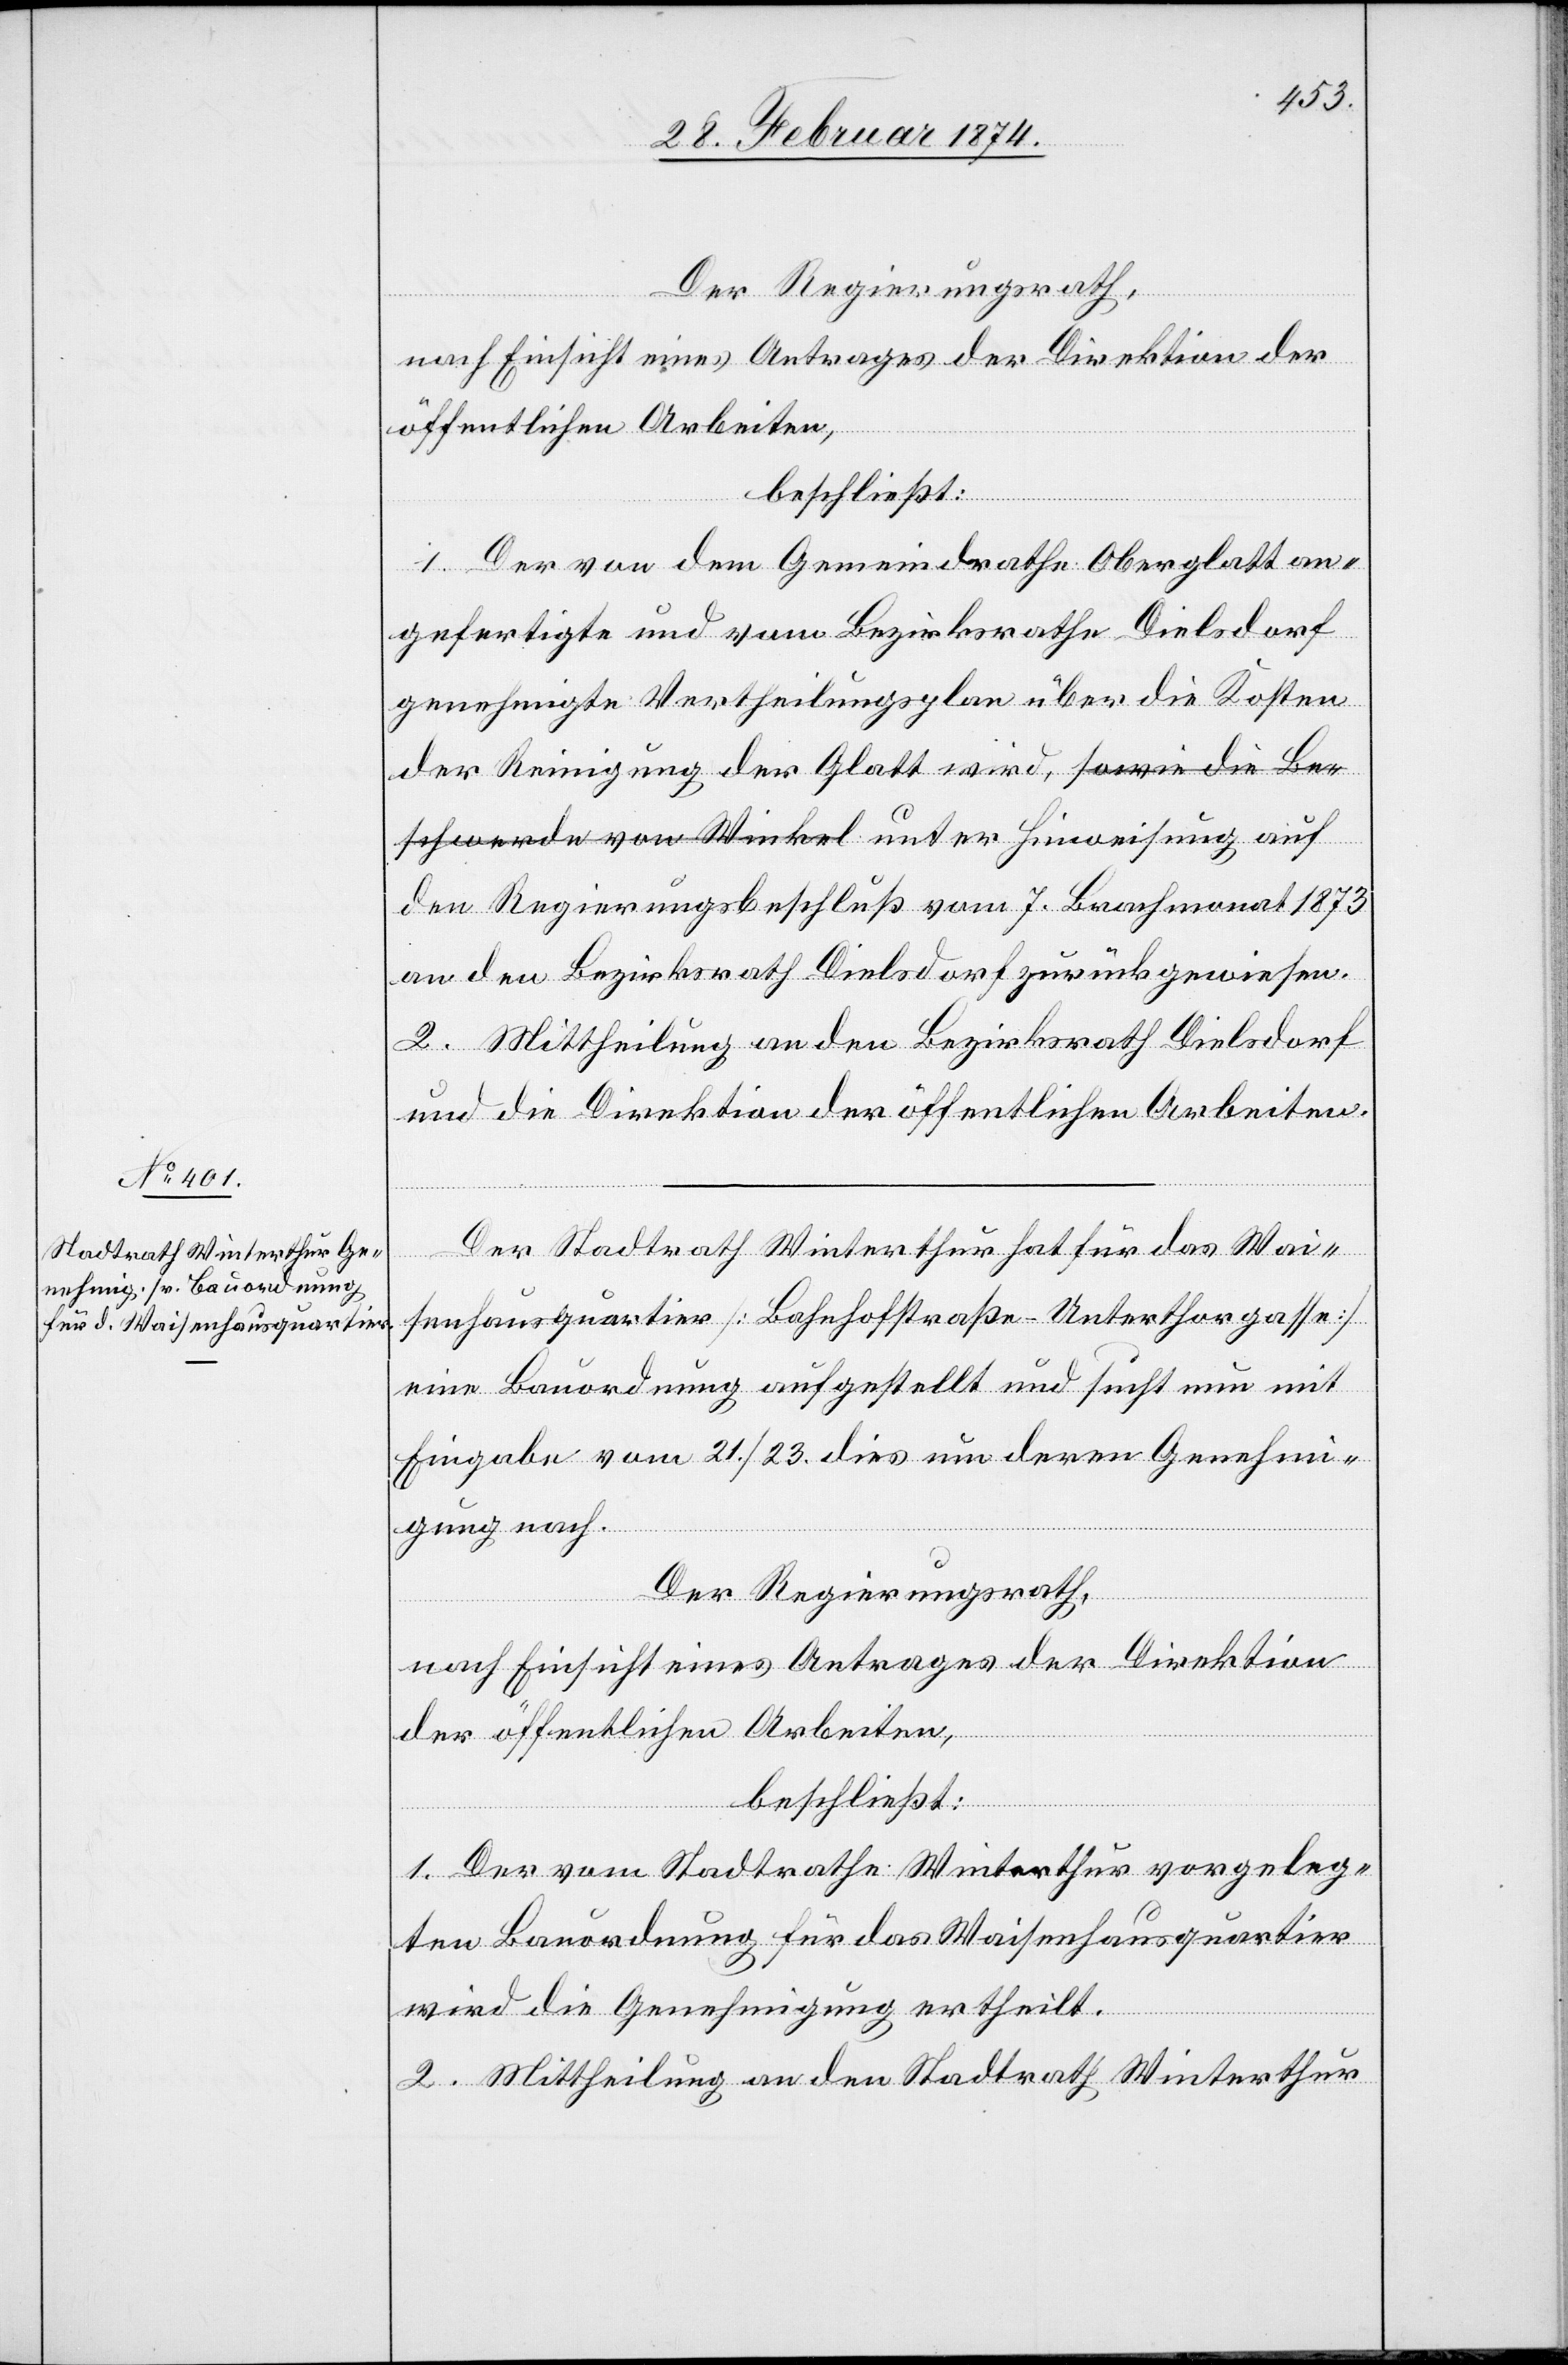
Der Regierungsrath,
nach Einsicht eines Antrages der Direktion der
öffentlichen Arbeiten,
beschließt:
1. Der von dem Gemeindrathe Oberglatt an¬
gefertigte und vom Bezirksrathe Dielsdorf
genehmigte Vertheilungsplan über die Kosten
der Reinigung der Glatt wird, a- sowie die Be¬
schwerde von Winkel -a unter Hinweisung auf
den Regierungsbeschluß vom 7. Brachmonat 1873
an den Bezirksrath Dielsdorf zurückgewiesen.
2. Mittheilung an den Bezirksrath Dielsdorf
und die Direktion der öffentlichen Arbeiten.
Der Stadtrath Winterthur hat für das Wai¬
senhausquartier [Bahnhofstraße-Unterthorgasse]
eine Bauordnung aufgestellt und sucht nun mit
Eingabe vom 21./23. dies um deren Genehmi¬
gung nach.
Der Regierungsrath,
nach Einsicht eines Antrages der Direktion
der öffentlichen Arbeiten,
beschließt:
1. Der vom Stadtrathe Winterthur vorgeleg¬
ten Bauordnung für das Waisenhausquartier
wird die Genehmigung ertheilt.
2. Mittheilung an den Stadtrath Winterthur